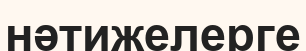
нәтижелерге